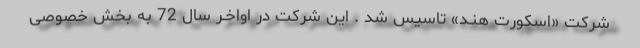
شركت «اسكورت هنـد» تاسیس شد . این شرکت در اواخـر سال 72 به بخش خصوصی